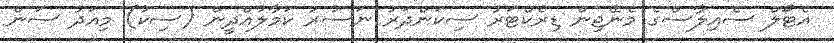
އެޓޯލް ސެއިލާސްގެ މެނޭޖިން ޑިރެކްޓަރު ސިކަންދަރު ނަސުރު ކަމާލުއްދީން (ސިކު) މިއަދު ސަން